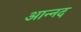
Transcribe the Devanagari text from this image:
आन्‍नद